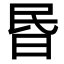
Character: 昬